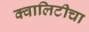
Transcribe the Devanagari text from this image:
क्वालिटीचा